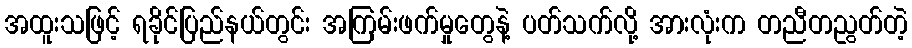
အထူးသဖြင့် ရခိုင်ပြည်နယ်တွင်း အကြမ်းဖက်မှုတွေနဲ့ ပတ်သက်လို့ အားလုံးက တညီတညွတ်တဲ့